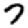
Digit: 7